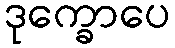
ဒုက္ခောပေ